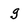
Character: g